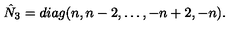
\hat { N } _ { 3 } = d i a g ( n , n - 2 , \ldots , - n + 2 , - n ) .